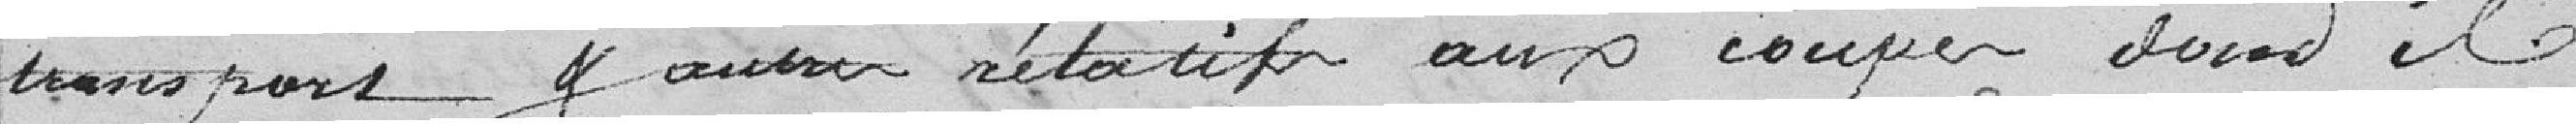
transport relatifs aux coupes dont il